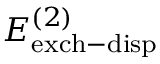
E _ { \mathrm { e x c h - d i s p } } ^ { ( 2 ) }